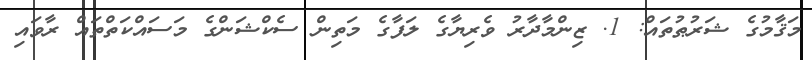
މަޤާމުގެ ޝަރުޠުތައް: 1. ޒިންމާދާރު ވެރިޔާގެ ލަފާގެ މަތިން ސެކްޝަންގެ މަސައްކަތްތައް ރާވައި